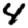
Digit: 4